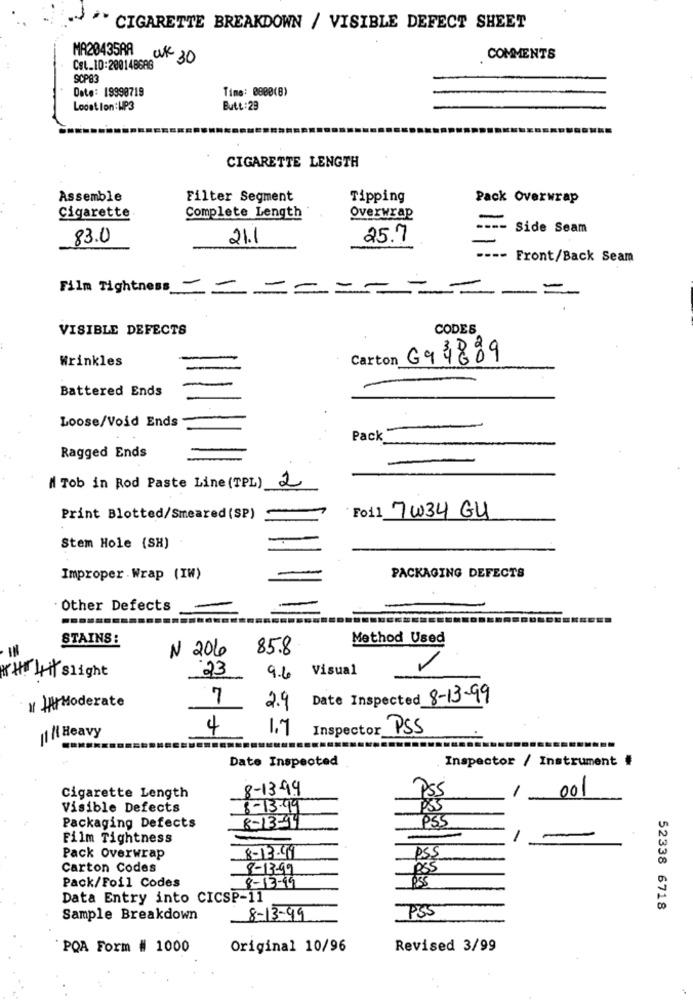
CIGARETTE BREAKDOWN / VISIBLE DEFECT SHEET
MA20435RA
ak 30
COMMENTS
Cet_ID:200148688
scp83
Date: 19998719
Time: 0800(8)
Location:HP3
Butt: 29
CIGARETTE LENGTH
Assemble
Filter Segment
Tipping
Pack Overwrap
Cigarette
Complete Length
Overwrap
--
Side Seam
83.0
21.1
25.7
--- Front/Back Seam
Film Tightness
-
=
==
VISIBLE DEFECTS
CODES
Wrinkles
Carton G91889
Battered Ends
Loose/Void Ends
Pack
Ragged Ends
M Tob in Rod Paste Line (TPL)
2
Foi1 7w34 GU
Print Blotted/Smeared (SP)
Stem Hole (SH)
Improper Wrap (IW)
PACKAGING DEFECTS
Other Defects
STAINS:
Method Used
IN
N 206
85.8
23
9.6 Visual
HI Hi Slight
/ Moderate
7
Date Inspected 8-13-99
2.9
4
1.7
Inspector PSS
[1 /{ Heavy
Date Inspected
Inspector / Instrument #
8-13-99
/
Cigarette Length
001
Visible Defects
8-13.99
PSS
Packaging Defects
8-13-94
Film Tightness
-
Pack Overwrap
8-13-49
PSS
Carton Codes
8-13-99
RSS
Pack/Foil Codes
8-13-19
Data Entry into CICSP-11
PSS
52338 6718
Sample Breakdown
8-13-99
PQA Form # 1000
Original 10/96
Revised 3/99